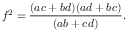
f ^ { 2 } = { \frac { ( a c + b d ) ( a d + b c ) } { ( a b + c d ) } } .